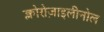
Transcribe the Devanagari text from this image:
क्लोरोज़ाइलीनोल